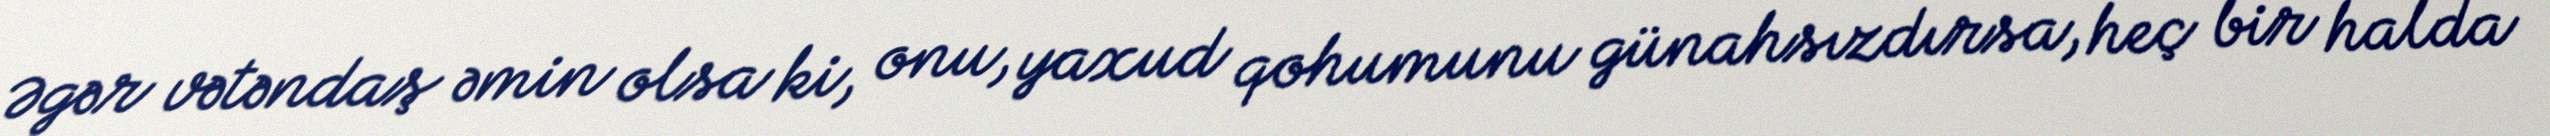
Əgər vətəndaş əmin olsa ki, onu, yaxud qohumunu günahsızdırsa, heç bir halda